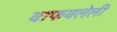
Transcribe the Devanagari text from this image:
वाफवलेली